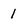
Character: 1